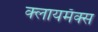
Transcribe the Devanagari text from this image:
क्लायमॅक्स